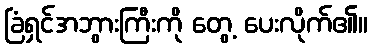
ခြံရှင်အဘွားကြီးကို တွေ့ ပေးလိုက်၏။